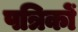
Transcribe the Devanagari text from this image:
पत्रिकों